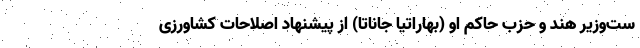
ست‌وزیر هند و حزب حاکم او (بهاراتیا جاناتا) از پیشنهاد اصلاحات کشاورزی